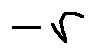
- r